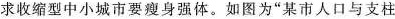
求收缩型中小城市要瘦身强体。如图为”某市人口与支柱